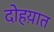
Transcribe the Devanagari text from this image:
दोहय़ात